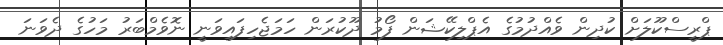
ޕްރީސްކޫލަށް ކުދިން ވެއްދުމުގެ އެޕްލިކޭޝަން ފޯމު ދޫކުރަން ހަމަޖެހިފައިވަނީ ނޮވެމްބަރު މަހުގެ ދެވަނަ